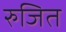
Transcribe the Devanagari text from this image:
रुजित